Investigations into the jail dietaries of the United Provinces with some observations on the influence of dietary on the physical development and well-being of the people of the United Provinces - Number 48
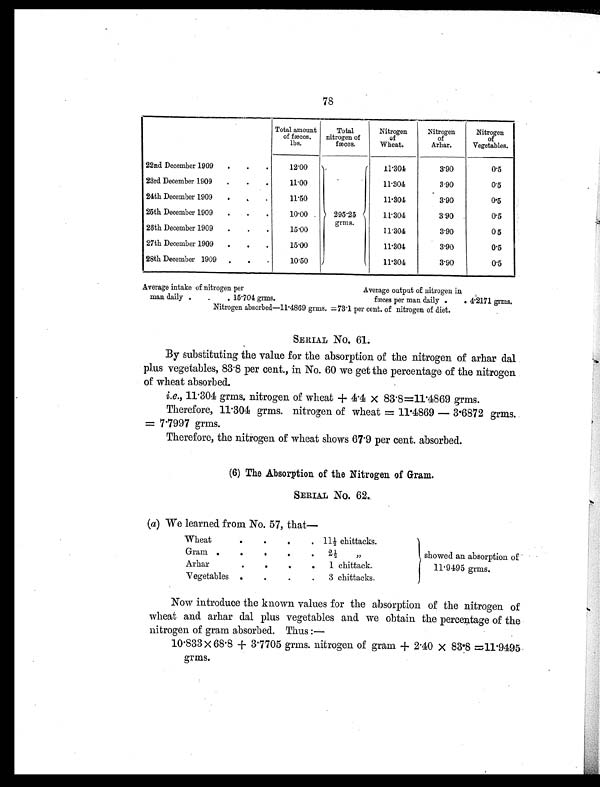
78
Total amount
of fæces.
lbs.
Total
nitrogen of
fæces.
Nitrogen
of
Wheat.
Nitrogen
of
Arhar.
Nitrogen
of
Vegetables.
22nd December 1909 . . .
12.00
295.25
grms.
11.304
3. 90
0.5
23rd December 1909 . . .
11.00
11.304
3.90
0.5
24th December 1909 . .
.
11.50
11.304
3. 90
0.5
25th December 1909 . . .
10.00
11.304
3.90
0.5
26th December 1909 . . .
15.00
11.304
3.90
0 5
27th December 1909 . . .
15.00
11. 304
3. 90
0 . 5
28th December 1909 . . .
10.50
11.304
3.90
0 . 5
Average intake of nitrogen per
Average output of nitrogen in
man daily . . . 15.704 grms.
fæces per man daily . . 4 . 2 1 7 1 g r ms .
Nitrogen absorbed—11.4869 grms. =73.1 per cent. of nitrogen of diet.
SERIAL NO. 61.
By substituting the value for the absorption of the nitrogen of arhar dal
plus vegetables, 83.8 per cent., in No. 60 we get the percentage of the nitrogen
of wheat absorbed.
i.e., 11.304 grms, nitrogen of wheat + 4.4 × 83.8=11.4869 grms.
Therefore, 11.304 grms. nitrogen of wheat = 11.4869 — 3.6872 grms.
= 7.7997 grms.
Therefore, the nitrogen of wheat shows 67.9 per cent. absorbed.
(6) The Absorption of the Nitrogen of Gram.
SERIAL NO. 62.
(a) We learned from No. 57, that—
Wheat
.
.
. . 11½ chi ttacks.
showed an absorption of
11.9495 grms.
Gram .
.
.
.
. 2½ „
Arhar
.
.
.
. 1 chittack.
Vegetables .
.
.
. 3 chittacks.
Now introduce the known values for the absorption of the nitrogen of
wheat and arhar dal plus vegetables and we obtain the percentage of the
nitrogen of gram absorbed. Thus :—
10.833 × 68.8 + 3.7705 grms. nitrogen of gram + 2.40 × 83.8 =11.9495
grms.